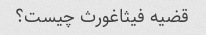
قضیه فیثاغورث چیست؟